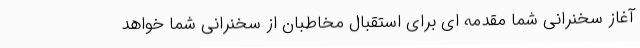
آغاز سخنرانی شما مقدمه ای برای استقبال مخاطبان از سخنرانی شما خواهد